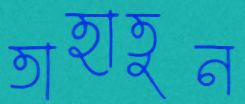
তাহাতুন